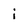
Character: i